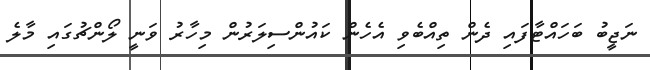
ނަޖީބު ބަހައްޓާފައި ދެން ތިއްބެވި އެހެން ކައުންސިލަރުން މިހާރު ވަނީ ލޯންޗުގައި މާލެ